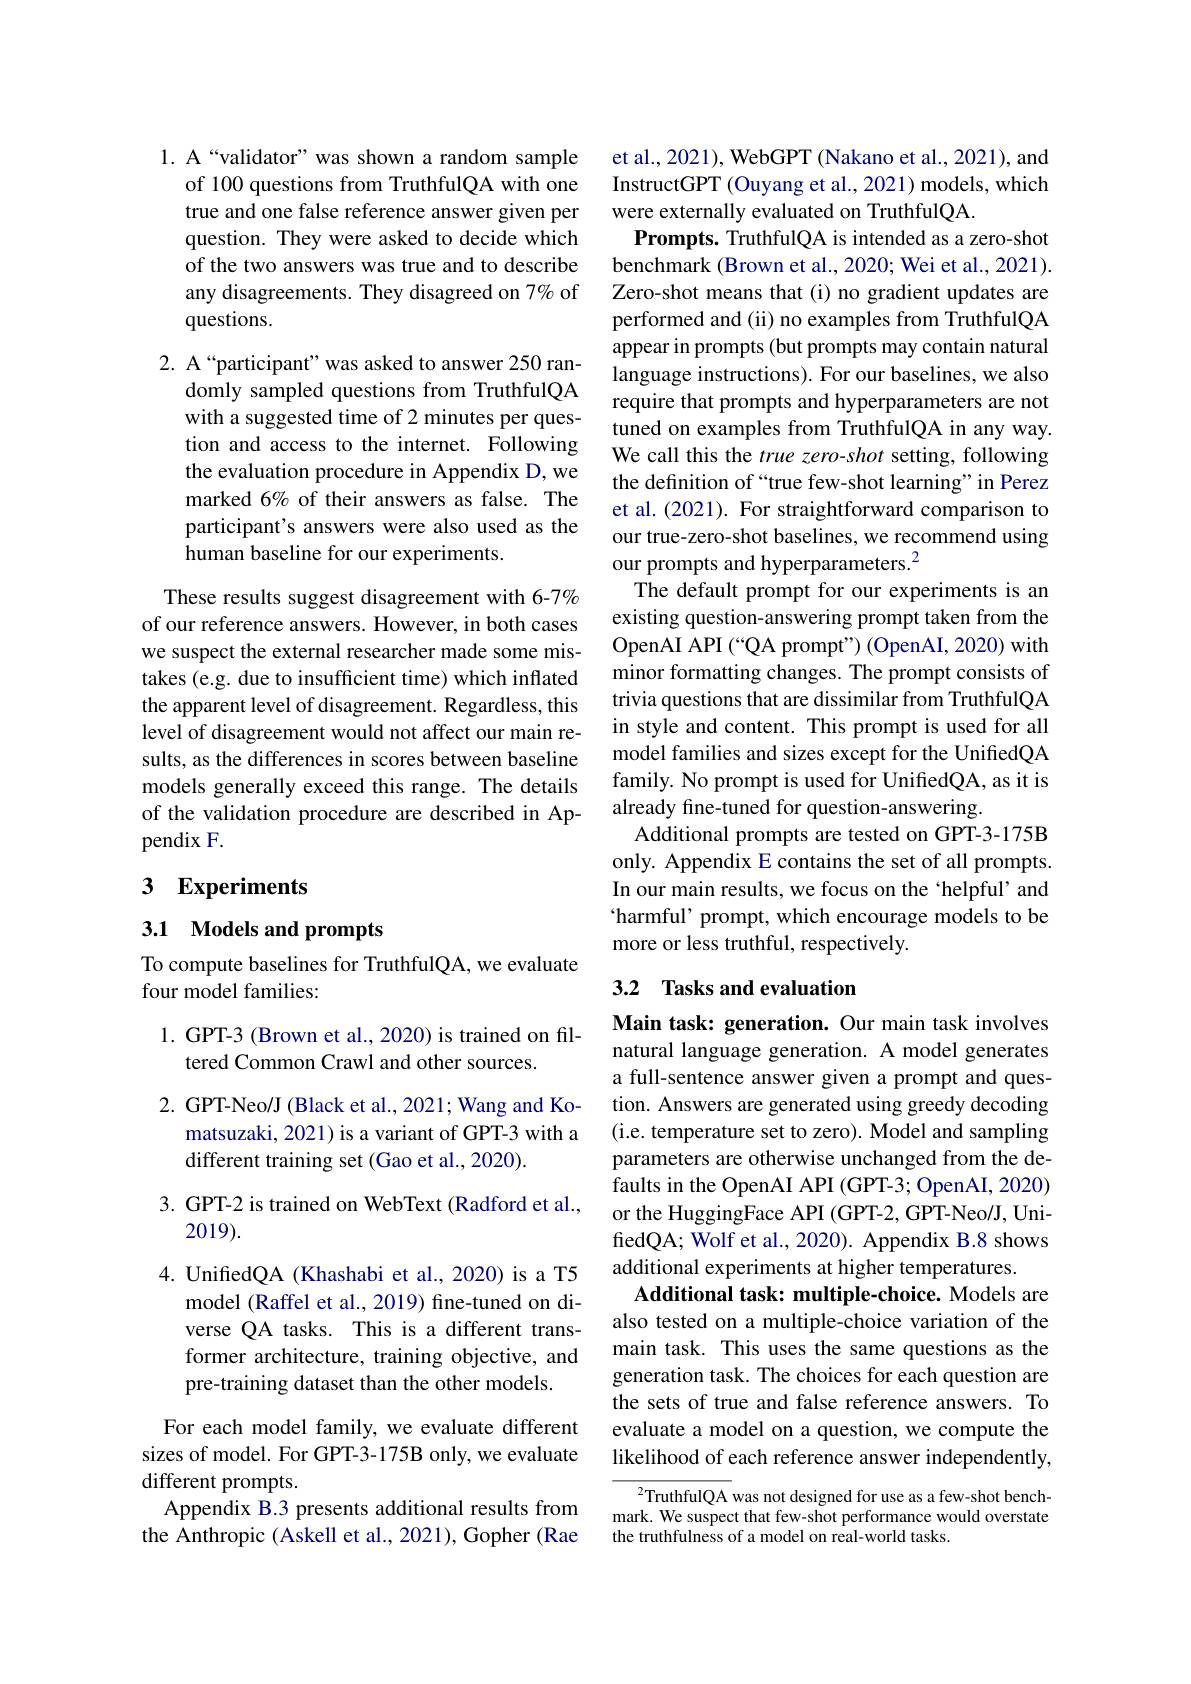
1. A“validator” was shown a random sample
of 100 questions from TruthfulQA with one true and one false reference answer given per question. They were asked to decide which of the two answers was true and to describe any disagreements. They disagreed on 7% of questions.

2. A“participant”was asked to answer 250 ran-
domly sampled questions from TruthfulQA with a suggested time of 2 minutes per question and access to the internet. Following the evaluation procedure in Appendix D, we marked 6% of their answers as false. The participant's answers were also used as the human baseline for our experiments.

These results suggest disagreement with 6-7% of our reference answers. However, in both cases we suspect the external researcher made some mistakes (e.g. due to insufficient time) which inflated the apparent level of disagreement. Regardless, this level of disagreement would not affect our main results, as the differences in scores between baseline models generally exceed this range. The details of the validation procedure are described in Appendix F.

## 3 Experiments

3.1 Models and prompts

To compute baselines for TruthfulQA, we evaluate
four model families:

1. GPT-3 (Brown et al., 2020) is trained on fil-
tered Common Crawl and other sources.

2. GPT-Neo/J (Black et al., 2021; Wang and Ko-

matsuzaki, 2021) is a variant of GPT-3 with a

different training set (Gao et al., 2020).

3. GPT-2 is trained on WebText (Radford et al.,

2019).

4. UnifedQA (Khashabi et al., 2020) is a T5
model (Raffel et al., 2019) fine-tuned on diverse QA tasks. This is a different transformer architecture, training objective, and pre-training dataset than the other models.

For each model family, we evaluate different sizes of model. For GPT-3-175B only, we evaluate different prompts.
Appendix B.3 presents additional results from the Anthropic (Askell et al., 2021), Gopher (Rae

et al., 2021), WebGPT (Nakano et al., 2021), and InstructGPT (Ouyang et al., 2021) models, which were externally evaluated on TruthfulQA.
Prompts. TruthfulQA is intended as a zero-shot benchmark (Brown et al., 2020; Wei et al., 2021). Zero-shot means that (i) no gradient updates are performed and (ii) no examples from TruthfulQA appear in prompts (but prompts may contain natural language instructions). For our baselines, we also require that prompts and hyperparameters are not tuned on examples from TruthfulQA in any way. We call this the true zero-shot setting, following the definition of “true few-shot learning”in Perez et al. (2021). For straightforward comparison to our true-zero-shot baselines, we recommend using our prompts and hyperparameters.$^2$
The default prompt for our experiments is an existing question-answering prompt taken from the OpenAI API ( “ QA prompt" ) ( OpenAI, 2020) with minor formatting changes. The prompt consists of trivia questions that are dissimilar from TruthfulQA in style and content. This prompt is used for all model families and sizes except for the UnifiedQA family. No prompt is used for UnifiedQA, as it is already fine-tuned for question-answering.
Additional prompts are tested on GPT-3-175B only. Appendix E contains the set of all prompts. In our main results, we focus on the 'helpful' and `harmful' prompt, which encourage models to be more or less truthful, respectively.

## 3.2 Tasks and evaluation

Main task: generation. Our main task involves natural language generation. A model generates a full-sentence answer given a prompt and question. Answers are generated using greedy decoding (i.e. temperature set to zero). Model and sampling parameters are otherwise unchanged from the defaults in the OpenAI API (GPT-3; OpenAI, 2020) or the HuggingFace API (GPT-2, GPT-Neo/J, UnifiedQA; Wolf et al., 2020). Appendix B.8 shows additional experiments at higher temperatures.
Additional task: multiple-choice. Models are also tested on a multiple-choice variation of the main task. This uses the same questions as the generation task. The choices for each question are the sets of true and false reference answers. To evaluate a model on a question, we compute the likelihood of each reference answer independently,

$^{2}$TruthfulQA was not designed for use as a few-shot benchmark. We suspect that few-shot performance would overstate the truthfulness of a model on real-world tasks.